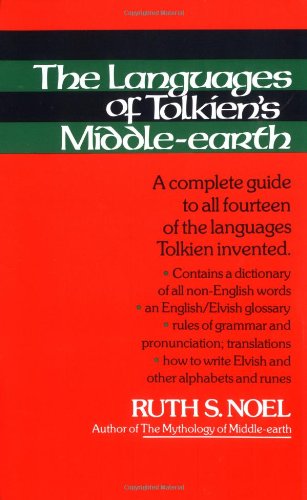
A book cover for The Languages of Tolkien's Middle-Earth: A Complete Guide to All Fourteen of the Languages Tolkien Invented; Ruth S. Noel; Science Fiction & Fantasy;